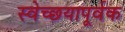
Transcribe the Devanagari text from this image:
स्वेच्छयापूर्वक